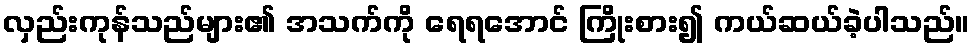
လှည်းကုန်သည်များ၏ အသက်ကို ရေရအောင် ကြိုးစား၍ ကယ်ဆယ်ခဲ့ပါသည်။